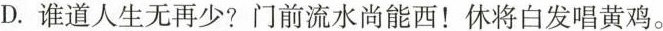
D.谁道人生无再少?门前流水尚能西！休将白发唱黄鸡。